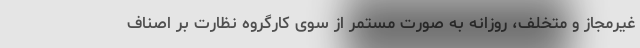
غیرمجاز و متخلف، روزانه به صورت مستمر از سوی کارگروه نظارت بر اصناف